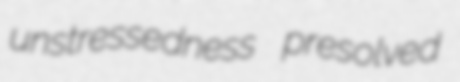
unstressedness presolved